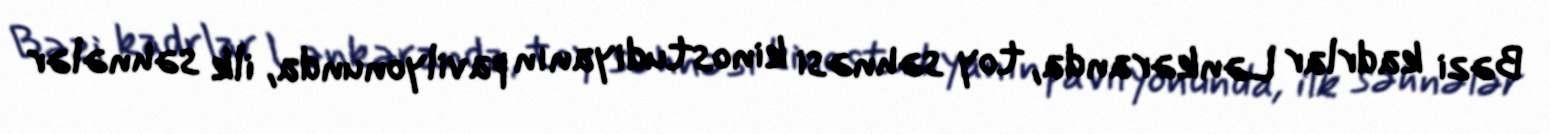
Bəzi kadrlar Lənkəranda, toy səhnəsi kinostudiyanın pavilyonunda, ilk səhnələr